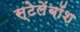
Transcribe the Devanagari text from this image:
स्टेलेंबॉश